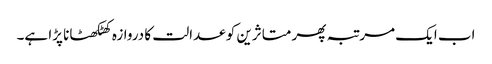
اب ایک مرتبہ پھر متاثرین کو عدالت کا دروازہ کھٹکھٹانا پڑا ہے۔